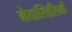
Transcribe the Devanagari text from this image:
मेतास्तिसियों